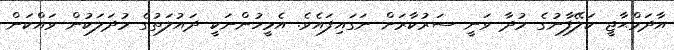
އާދަމްޙާޖީ ކަލޭފާނުގެ މުދާ ވަނީ ސަރުކާރަށް ނަގައިފައެވެ. އެމީހުންނަކީ ދައުލަތުގެ މުދަލަކުން ވައްކަން